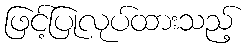
ဖြင့်ပြုလုပ်ထားသည့်